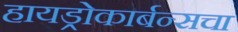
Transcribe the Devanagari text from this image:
हायड्रोकार्बन्सचा